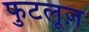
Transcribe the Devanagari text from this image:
फुटलूज़